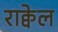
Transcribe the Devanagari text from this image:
राक्वेल